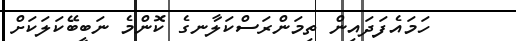
ހަމައެފަދައިން ތިމަންރަސްކަލާނގެ ކޮންމެ ނަބީބޭކަލަކަށް